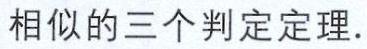
相似的三个判定定理.